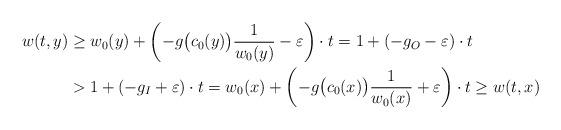
LaTeX: \begin{align*}w(t,y) &\geq w_0(y) + \left( -g\big(c_0(y)\big) \frac{1}{w_0(y)} - \varepsilon \right) \cdot t = 1 + ( -g_O - \varepsilon ) \cdot t \\&> 1 + ( -g_I + \varepsilon ) \cdot t= w_0(x) + \left( -g\big(c_0(x)\big) \frac{1}{w_0(x)} + \varepsilon \right) \cdot t\geq w(t,x)\end{align*}